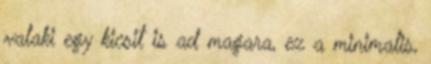
valaki egy kicsit is ad magara, ez a minimalis,